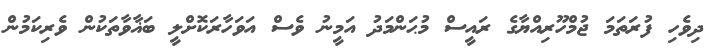
ދިވެހި ފުރަތަމަ ޖުމްހޫރިއްޔާގެ ރައީސް މުޙަންމަދު އަމީނު ވެސް އަވަހާރަކޮށްލީ ބަޣާވާތަކުން ވެރިކަމުން